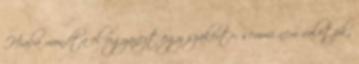
Hiaba mondta el ugyanezt egy szakerto, semmi nem valotzik,